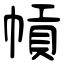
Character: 幊